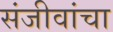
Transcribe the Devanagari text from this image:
संजीवांचा